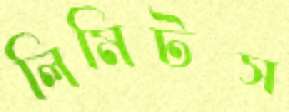
লিমিটস